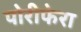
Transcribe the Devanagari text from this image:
पोरीफेरा